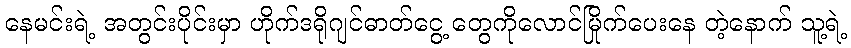
နေမင်းရဲ့ အတွင်းပိုင်းမှာ ဟိုက်ဒရိုဂျင်ဓာတ်ငွေ့ တွေကိုလောင်မြိုက်ပေးနေ တဲ့နောက် သူ့ရဲ့